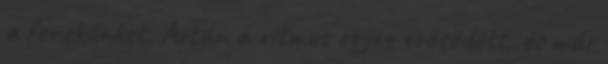
a fenekünket. Aztán a ritmus egyre erősödött, és már